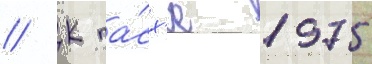
// К па́сх'е 1975